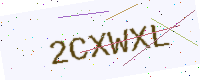
Text: 2CXWXL